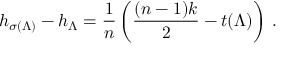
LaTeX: h _ { \sigma ( \Lambda ) } - h _ { \Lambda } = \frac 1 n \left( \frac { ( n - 1 ) k } 2 - t ( \Lambda ) \right) \, .